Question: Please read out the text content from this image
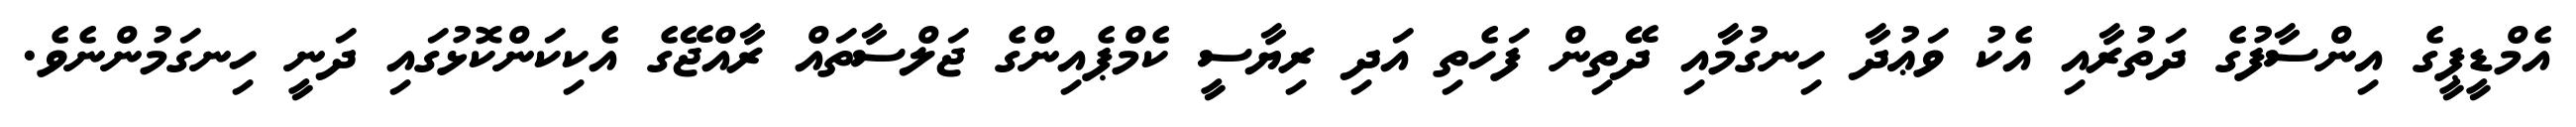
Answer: އެމްޑީޕީގެ އިންސާފުގެ ދަތުރާއި އެކު ވަޢުދާ ހިނގުމާއި ދޭތިން ފަހެތި އަދި ރިޔާސީ ކެމްޕެއިންގެ ޖަލްސާތައް ރާއްޖޭގެ އެކިކަންކޮޅުގައި ދަނީ ހިނގަމުންނެވެ.